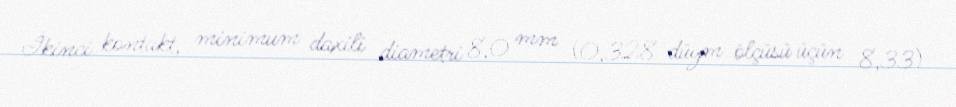
İkinci kontakt, minimum daxili diametri 8,0 mm (0,328 düym ölçüsü üçün 8,33)